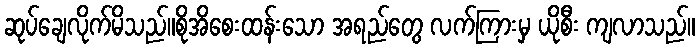
ဆုပ်ချေလိုက်မိသည်။စိုအိစေးထန်းသော အရည်တွေ လက်ကြားမှ ယိုစီး ကျလာသည်။